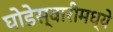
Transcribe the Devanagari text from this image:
घोडेस्वारीमध्ये